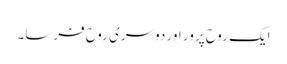
ایک روح پرور اور دوسری روح فرسا۔